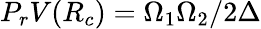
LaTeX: P_{r}V(R_{c})=\Omega_{1}\Omega_{2}/2\Delta